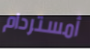
أمستردام